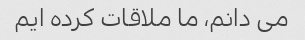
می دانم، ما ملاقات کرده ایم